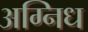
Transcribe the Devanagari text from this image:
अग्निध